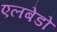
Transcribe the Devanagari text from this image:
एलबेडो